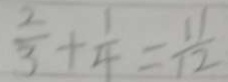
\frac { 2 } { 3 } + \frac { 1 } { 4 } = \frac { 1 1 } { 1 2 }